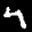
Label: 4